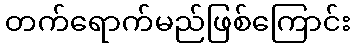
တက်ရောက်မည်ဖြစ်ကြောင်း